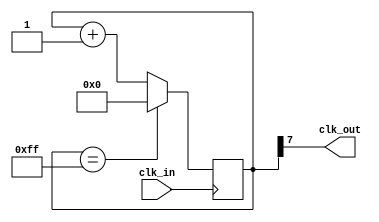
module pll_example (
  input wire clk_in,
  output wire clk_out
);

reg [7:0] counter;

always @ (posedge clk_in) begin
  if (counter == 8'hFF) begin
    counter <= 8'h00;
  end else begin
    counter <= counter + 1;
  end
end

assign clk_out = counter[7];

endmodule